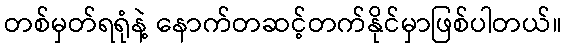
တစ်မှတ်ရရုံနဲ့ နောက်တဆင့်တက်နိုင်မှာဖြစ်ပါတယ်။